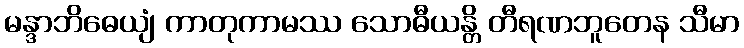
မန္ဒာဘိဓေယျံ ကာတုကာမဿ သောဓီယန္တိ တီရဏဘူတေန သီမာ